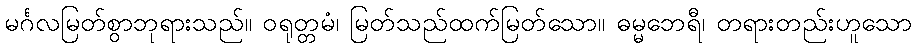
မင်္ဂလမြတ်စွာဘုရားသည်။ ဝရုတ္တမံ၊ မြတ်သည်ထက်မြတ်သော။ ဓမ္မဘေရီ၊ တရားတည်းဟူသော